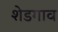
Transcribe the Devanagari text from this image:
शेडगाव